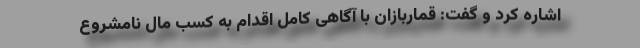
اشاره کرد و گفت: قماربازان با آگاهی کامل اقدام به کسب مال نامشروع